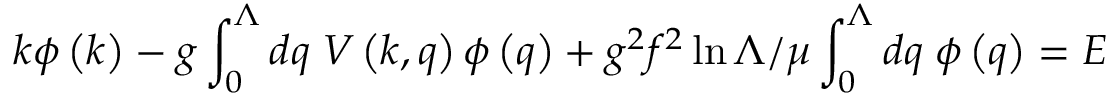
k \phi \left( k \right) - g \int _ { 0 } ^ { \Lambda } d q \; V \left( k , q \right) \phi \left( q \right) + g ^ { 2 } f ^ { 2 } \ln \Lambda / \mu \int _ { 0 } ^ { \Lambda } d q \; \phi \left( q \right) = E